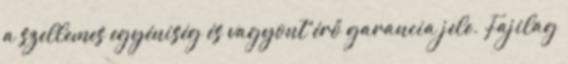
a szellemes egyéniség és vagyont érő garancia jele. Fajilag